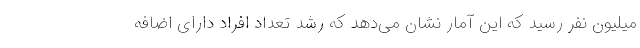
میلیون نفر رسید که این آمار نشان می‌دهد که رشد تعداد افراد دارای اضافه